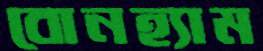
বোনহ্যাম